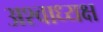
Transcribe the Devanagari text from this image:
अश्वाध्यक्ष